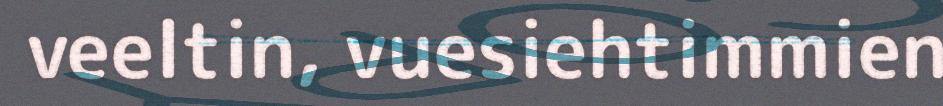
veeltin, vuesiehtimmien